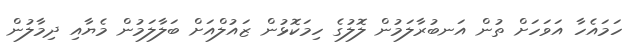
ހަމައެހާ އަވަހަށް ތުން އަނބުރާލަމުން ލޮލުގެ ހިމަކޮޅުން ޒައުލްއަށް ބަލާލަމުން މެޔާއި ދިމާލުން